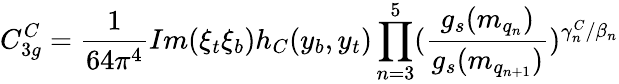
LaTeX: C_{3g}^{C}=\frac{1}{64\pi^{4}}Im(\xi_{t}\xi_{b})h_{C}(y_{b},y_{t})\prod_{n=3}^{5}(\frac{g_{s}(m_{q_{n}})}{g_{s}(m_{q_{n+1}})})^{\gamma_{n}^{C}/\beta_{n}}